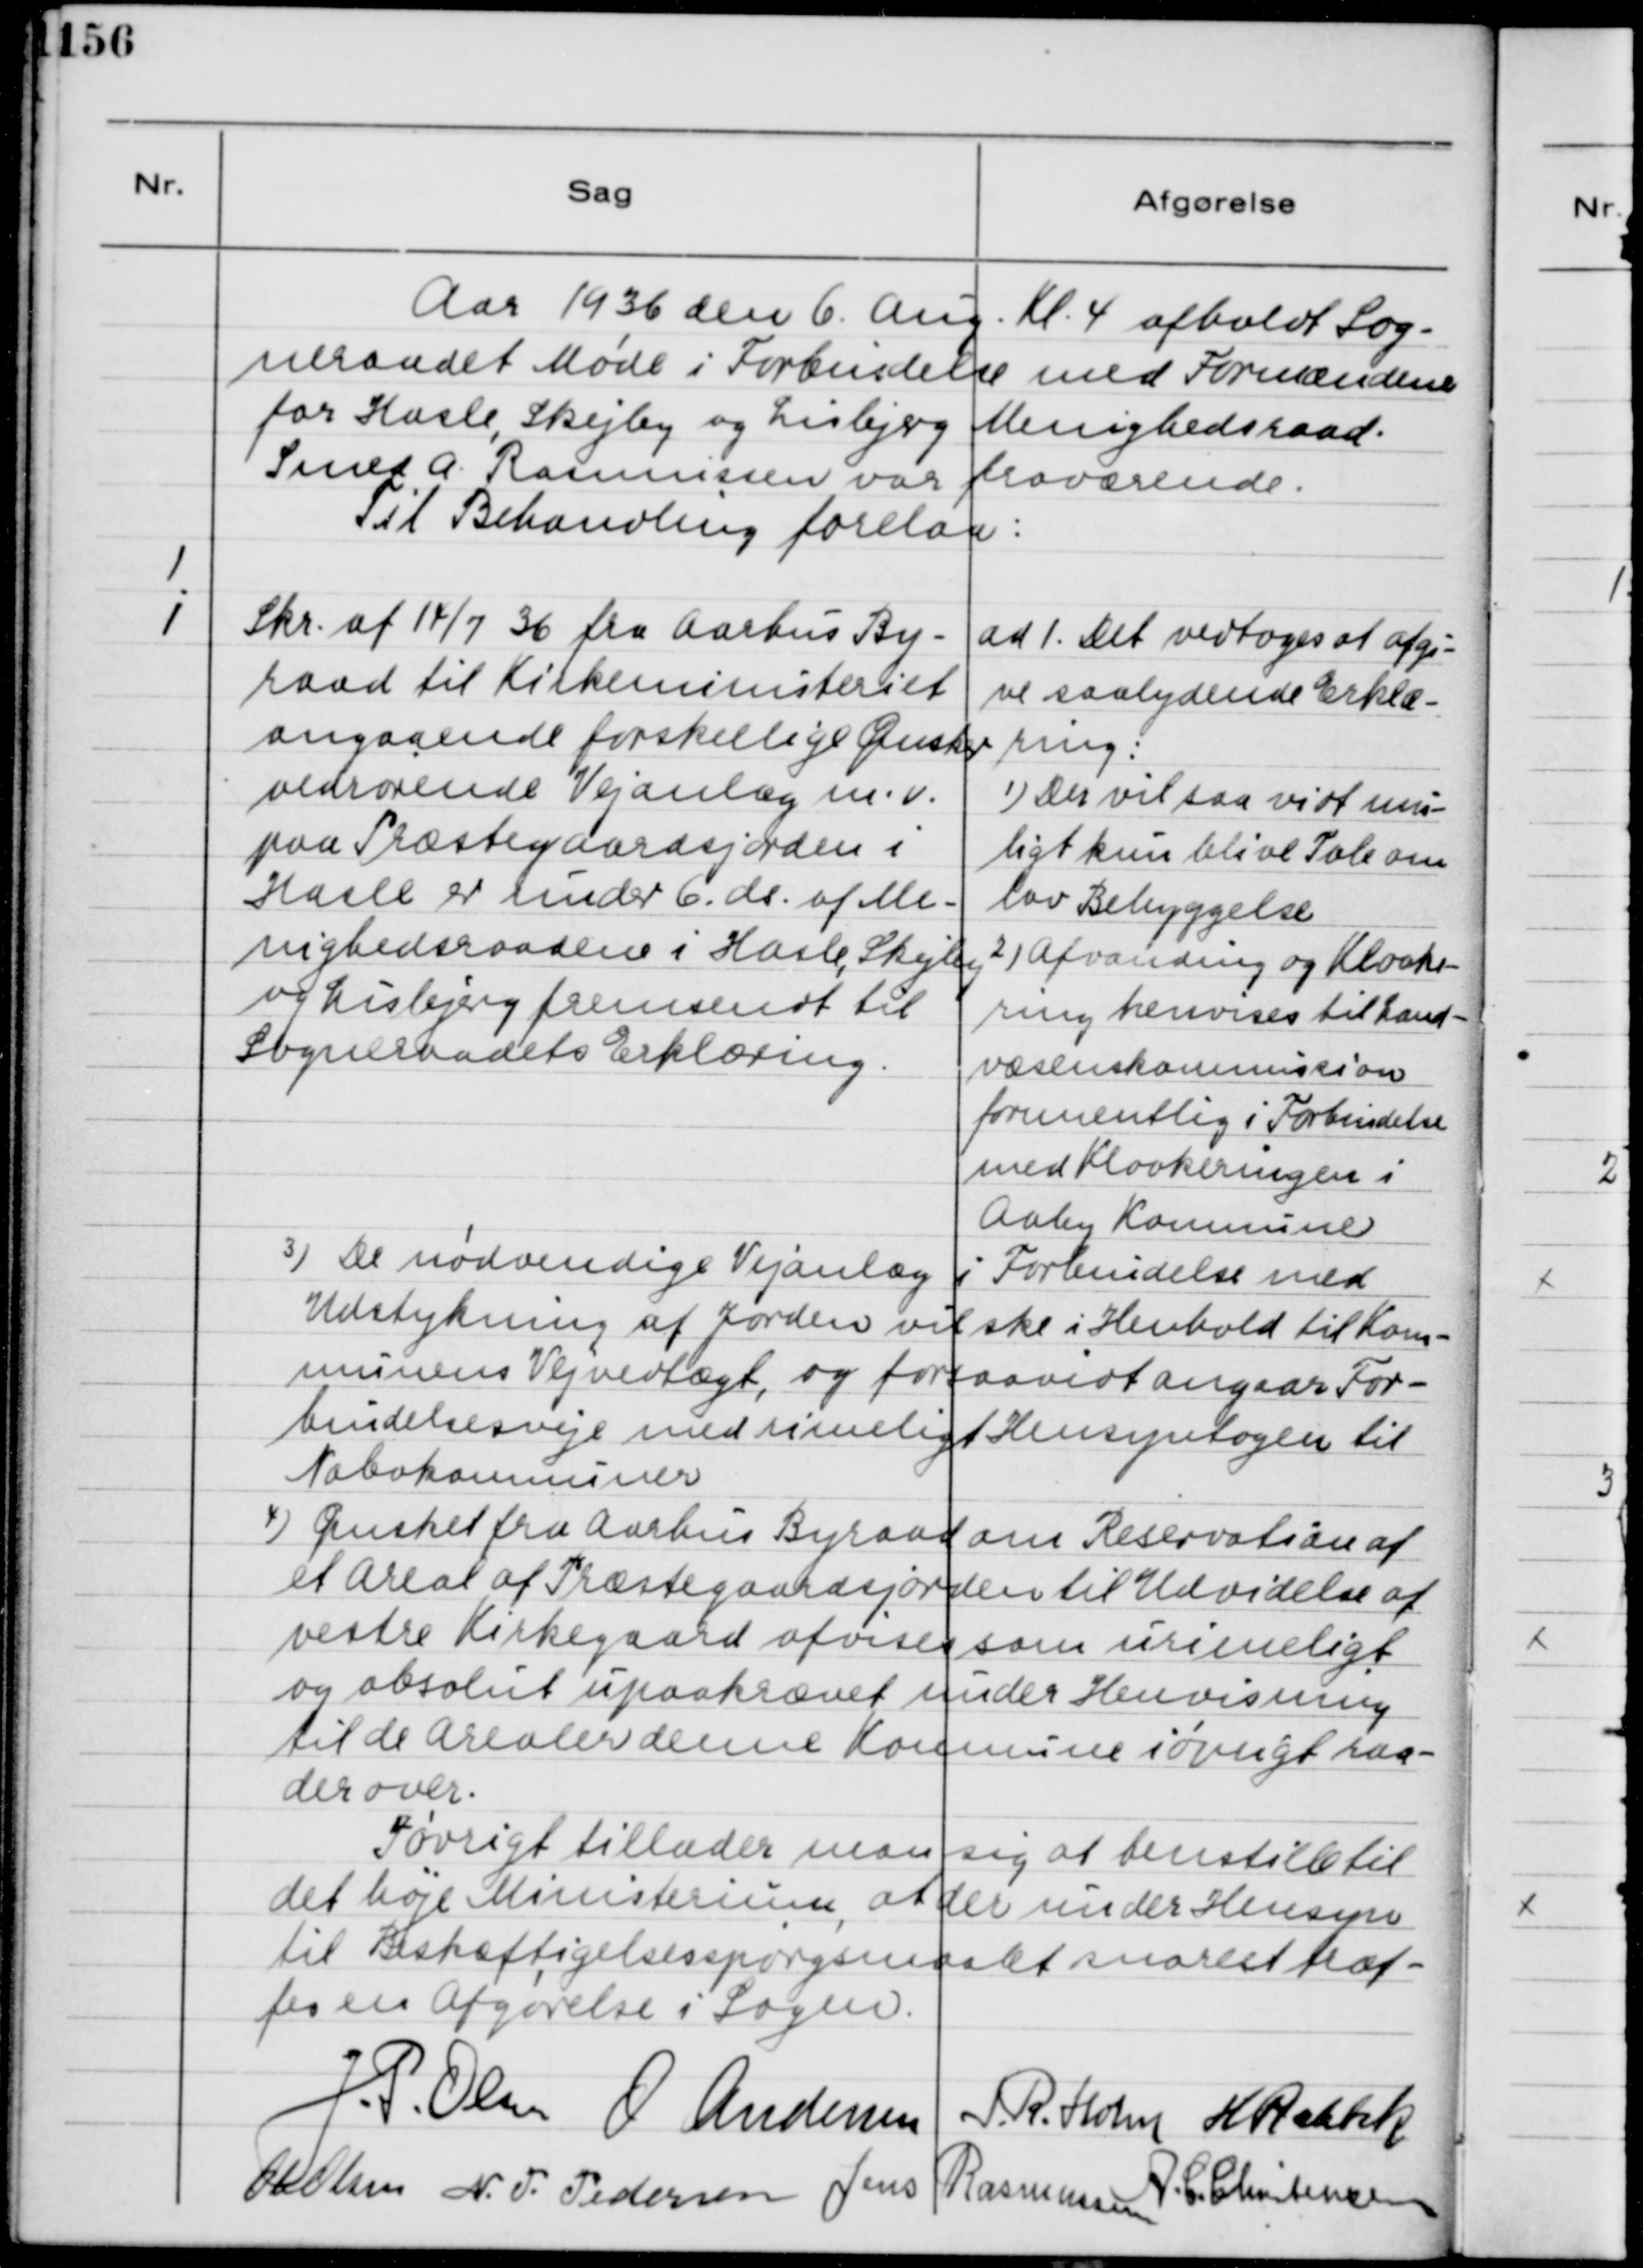
Transskription:
Aar 1936 den 6. Aug. Kl. 4 afholdt Sog-
neraadet Møde i forbindelse med Formændene
for Hasle, Skejby og Lisbjerg Menighedsraad.
Svend A. Rasmussen var fraværende.
Til Behandling forelaa:
1.
1
Skr. af 14/7 36 fra Aarhus By-
raad til Kirkeministeriet
angaaende forskellige Ønsker
vedrørende Vejanlæg m.v.
paa Præstegaardsjorden i
Hasle er under 6.ds. af Me-
nighedsraadene i Hasle, Skejby
og Lisbjerg fremsendt til
Sogneraadets Erklæring.
ad 1. Det vedtoges at afgi-
ve saalydende Erklæ-
ring:
1) Der vil saa vidt mu-
ligt kun blive Tale om
lav Bebyggelse.
2) Afvanding og Kloake-
ring henvises til Land-
væsenkommission
formentlig i Forbindelse
med Kloakeringen i
Aaby Kommune
3) De nødvendige Vejanlæg i Forbindelse med
Udstykning af Jorden vil ske i Henhold til Kom-
munens Vejvedtægt, og forsaavidt angaar For-
bindelsesveje med rimeligt Hensyntagen til
Nabokommuner
4) Ønsket fra Aarhus Byraad om Reservation af
et Areal af Præstegaardsjorden til Udvidelse af
vestre Kirkegaard afvises som urimeligt
og absolut upaakrævet under Henvisning
til de arealer denne Kommune iøvrigt raa-
der over.
Forøvrigt tillader man sig at henstille til
det høje Ministerium at der under Hensyn
til Beskæftigelsesspørgsmålet snarest træf-
fes en Afgørelse i Sagen.
J.P. Olsen
O Andersen
J R. Holm
H Rahbek
Ole Olsen
N.P. Pedersen
Jens Rasmussen
A.C. Christensen